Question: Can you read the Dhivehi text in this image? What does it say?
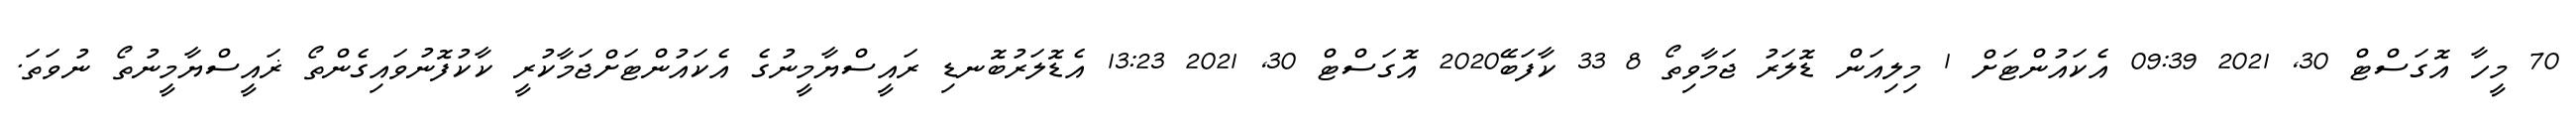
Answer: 70 މީހާ އޮގަސްޓް 30, 2021 09:39 އެކައުންޓަށް 1 މިލިއަން ޑޮލަރު ޖަމާވިތޯ 8 33 ކާފަބޭ2020 އޮގަސްޓް 30, 2021 13:23 އެޑޮލަރުބޮނޑި ރައީސްޔާމީނުގެ އެކައުންޓަށްޖަމާކުރީ ކާކުފޮނުވައިގެންތޯ ޜައީސްޔާމީނުތޯ ނުވަތަ.